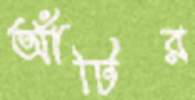
আঁটির